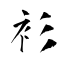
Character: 衫